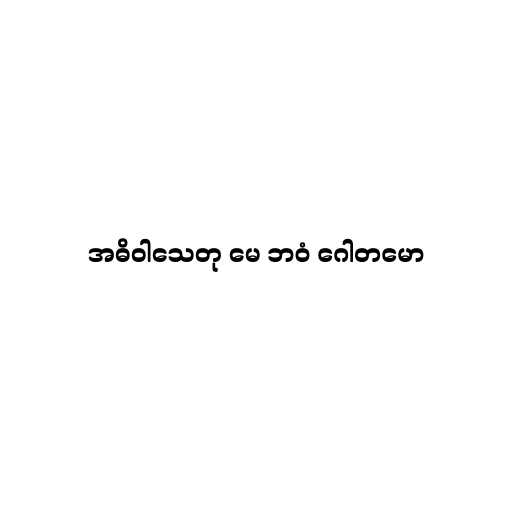
အဓိဝါသေတု မေ ဘဝံ ဂေါတမော